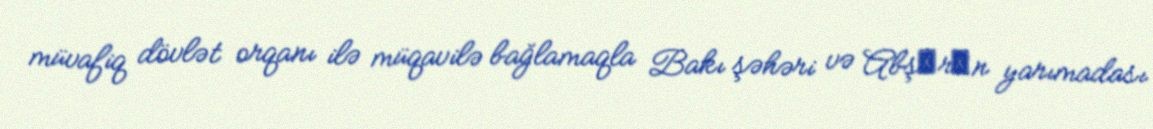
müvafiq dövlət orqanı ilə müqavilə bağlamaqla Bakı şəhəri və Abşеrоn yarımadası